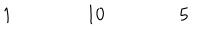
\begin{array} { c c c c c c c c c c c c c c c c c } { { } } & { { } } & { { } } & { { 1 } } & { { } } & { { } } & { { } } & { { 1 0 } } & { { } } & { { } } & { { } } & { { 5 } } & { { } } & { { } } & { { } } & { { } } \\ \end{array}